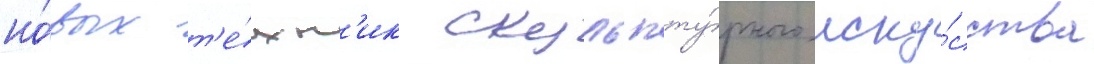
но́вых т'е́хн'ик скульпту́рного иску́сства